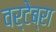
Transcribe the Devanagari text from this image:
वर्टेब्रा